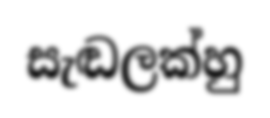
සැඬලක්හු